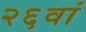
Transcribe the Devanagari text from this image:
२६वां